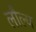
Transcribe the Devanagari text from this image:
लौल्य